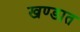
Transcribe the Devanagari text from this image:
खण्डात